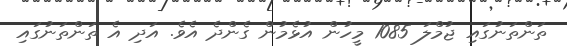
ތަންތަނުގައި ޖުމްލަ 1085 މީހުން އުޅެމުން ގެންދެ އެވެ. އަދި އެ ތަންތަނުގައި